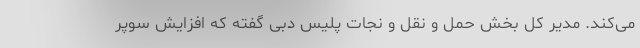
می‌کند. مدیر کل بخش حمل و نقل و نجات پلیس دبی گفته که افزایش سوپر